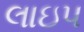
લાઇપ